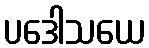
ပဒေါသယေ